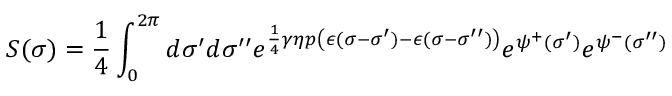
S ( \sigma ) = \frac { 1 } { 4 } \int _ { 0 } ^ { 2 \pi } d \sigma ^ { \prime } d \sigma ^ { \prime \prime } e ^ { \frac { 1 } { 4 } \gamma \eta p \left( \epsilon ( \sigma - \sigma ^ { \prime } ) - \epsilon ( \sigma - \sigma ^ { \prime \prime } ) \right) } e ^ { \psi ^ { + } ( \sigma ^ { \prime } ) } e ^ { \psi ^ { - } ( \sigma ^ { \prime \prime } ) }